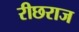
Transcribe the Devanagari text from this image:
रीछराज